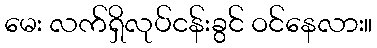
မေး လက်ရှိလုပ်ငန်းခွင် ဝင်နေလား။